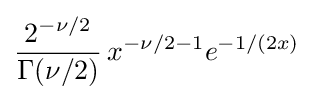
{\frac {2^{-\nu /2}}{\Gamma (\nu /2)}}\,x^{-\nu /2-1}e^{-1/(2x)}\!